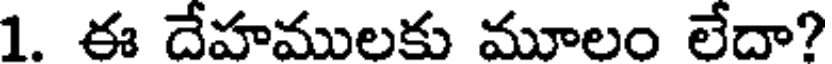
1. ఈ దేహములకు మూలం లేదా?